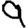
Digit: 9